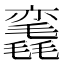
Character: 𰚳